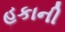
હકાની